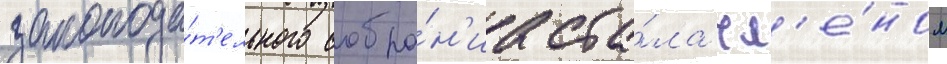
законода́т'ельного собра́н'иа ста́ла чл'е́ном